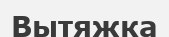
Вытяжка